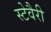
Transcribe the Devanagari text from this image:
स्टेवैरी